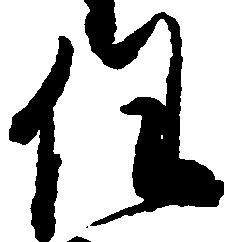
任